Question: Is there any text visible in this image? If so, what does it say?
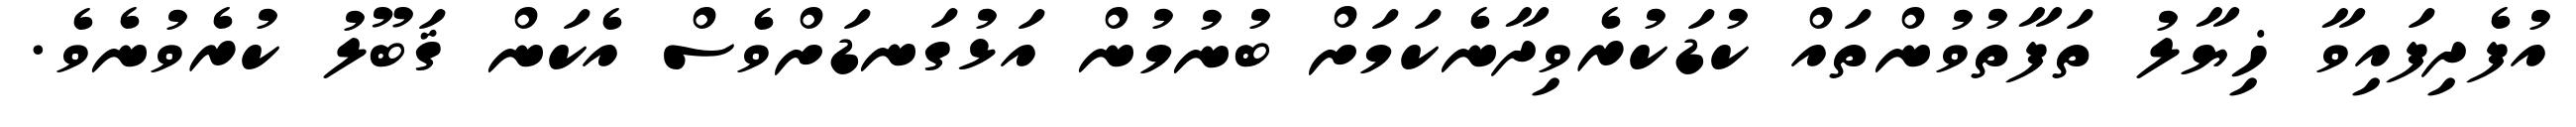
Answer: އުފެދިފައިވާ ޚިޔާލު ތަފާތުވުންތައް ކުޑަކުރެވިދާނެކަމަށް ބުނުމުން އަޅުގަނޑަށްވެސް އެކަން ޤަބޫލު ކުރެވުނެވެ.